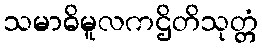
သမာဓိမူလကဌိတိသုတ္တံ